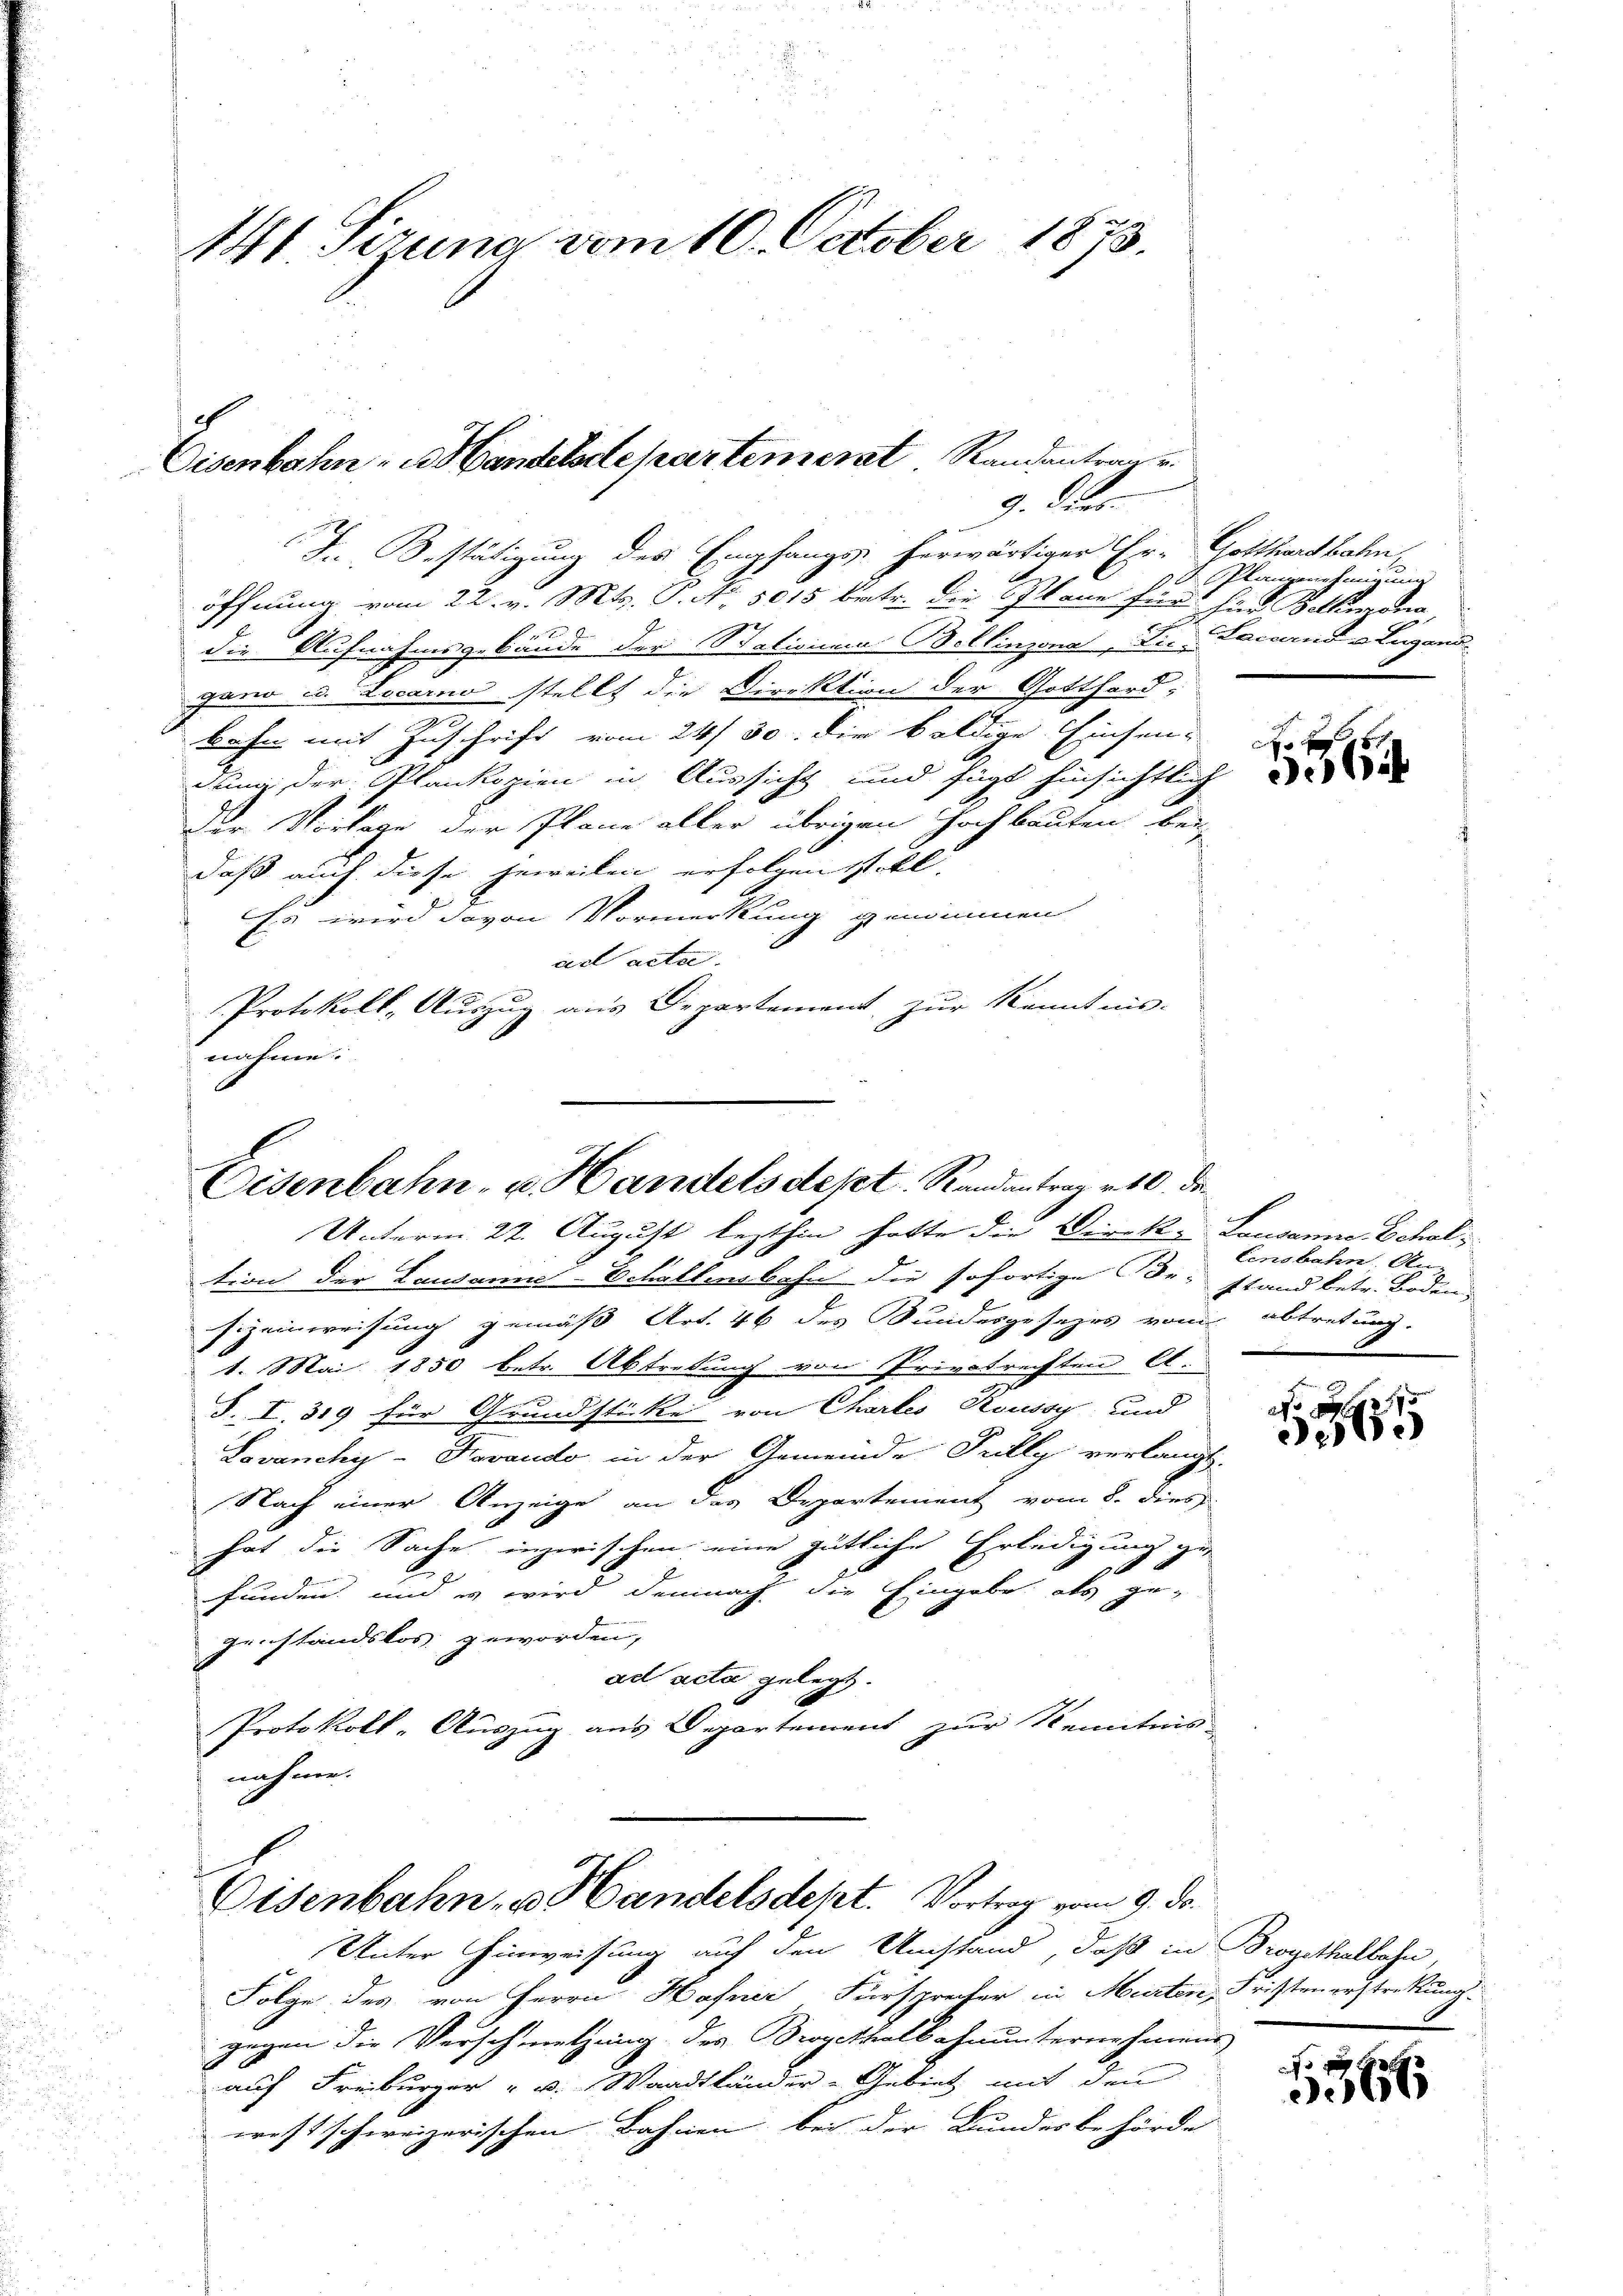
Hl. Sizung vom 10. October 1873.

Eisenbahn - u. Handelsdepartement Randentrage.
9. Dies

I. Bestätigung des Empfangs herwärtiger Er- Gotthardbahn,
öffnung vom 22. v. Mts. P. Nr. 5015 betr. die Plane für hier Bellmona
die Aufnahmsgebäude der Stationen Bellinzona, die Locarno u. Lugand-
gano u. Locarno stellt die Direktion der Gotthard-
bahn mit Zuschrift vom 24. 30. die baldige Einsen-
dung der Plankopien in Aussicht und fügt hinsichtlich
Der Vorlage der Plane aller übrigen Hochbauten bei
daß auch diese jeweilen erfolgen soll.
Es wird davon Vormerkung genommen
ad acta.
Protokoll, Auszug aus Departement, zur Kenntnis-
nahme

Eisenbahn- u. Handels dept. Randantrag v. 10. de
Unterm 22. August lezthin hatte die Direk- Lausanne Schal¬

Unter Hinweisung auf den Umstand, daß in Brogithalbahn,

tion der Lausanne-Schallensbahn die sofortige des stand betr. Boden,
sizeinweisung gemäß Art. 46 des Sundesgesezes vom abtretung.
1. Mai 1850 betr. Abtretung von Privatrechten E.
S. I. 319 für Grundstücke von Chartes Roussy und
Lavanchy-Kovando in der Gemeinde Trülly verlangt.
Nach einer Anzeige an das Departement vom 8. dies
hat die Sache inzwischen eine gütliche Erledigung zu
E
funden und es wird demnach die Eingabe als gegenstandslos geworden,
ad acta gelegt.
Protokoll-Auszug aus Departement zur Kenntnis-
nahme.
Eisenbahn u. Handelsdept. Vortrag vom 9. ds.

Folge des von Herrn Hafner Fürsprecher in Murten, Fristen erstretung.
gegen die Verschmetzung des Brogethalbahnunternehmens
auf Freiburger " v. Waadtländer-Gebiet mit den
west schweizerischen Bahnen bei der Bundesbehörde

t Plangenehmigung

1

Censbahn An¬

xx
e1)

.66